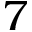
7